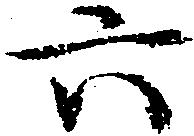
六